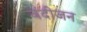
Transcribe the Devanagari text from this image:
वंदीजन